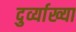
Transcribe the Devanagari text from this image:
दुर्व्याख्या